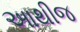
આથીજ